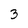
Character: 3